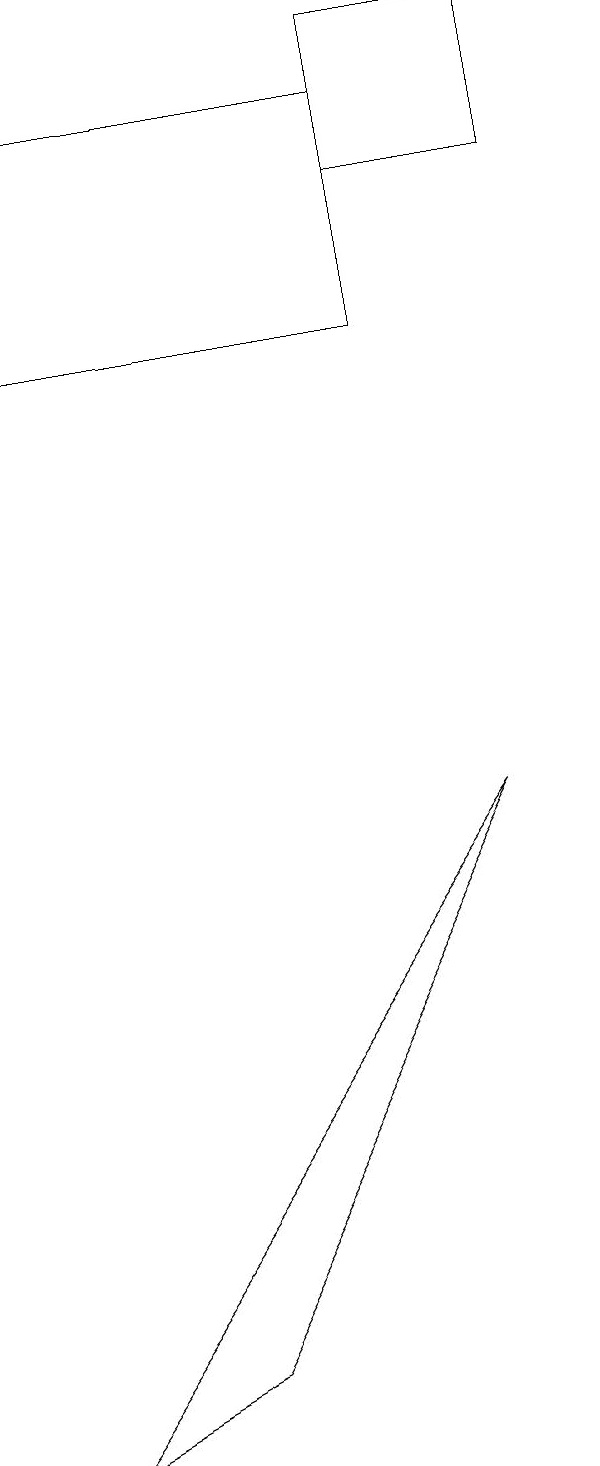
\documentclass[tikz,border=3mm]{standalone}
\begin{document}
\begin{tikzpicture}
\draw (1,17) rectangle (6,14);
\draw (3,1) -- (1,0) -- (7,8) -- cycle;
\draw (6,16) rectangle (8,18);
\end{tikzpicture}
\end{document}